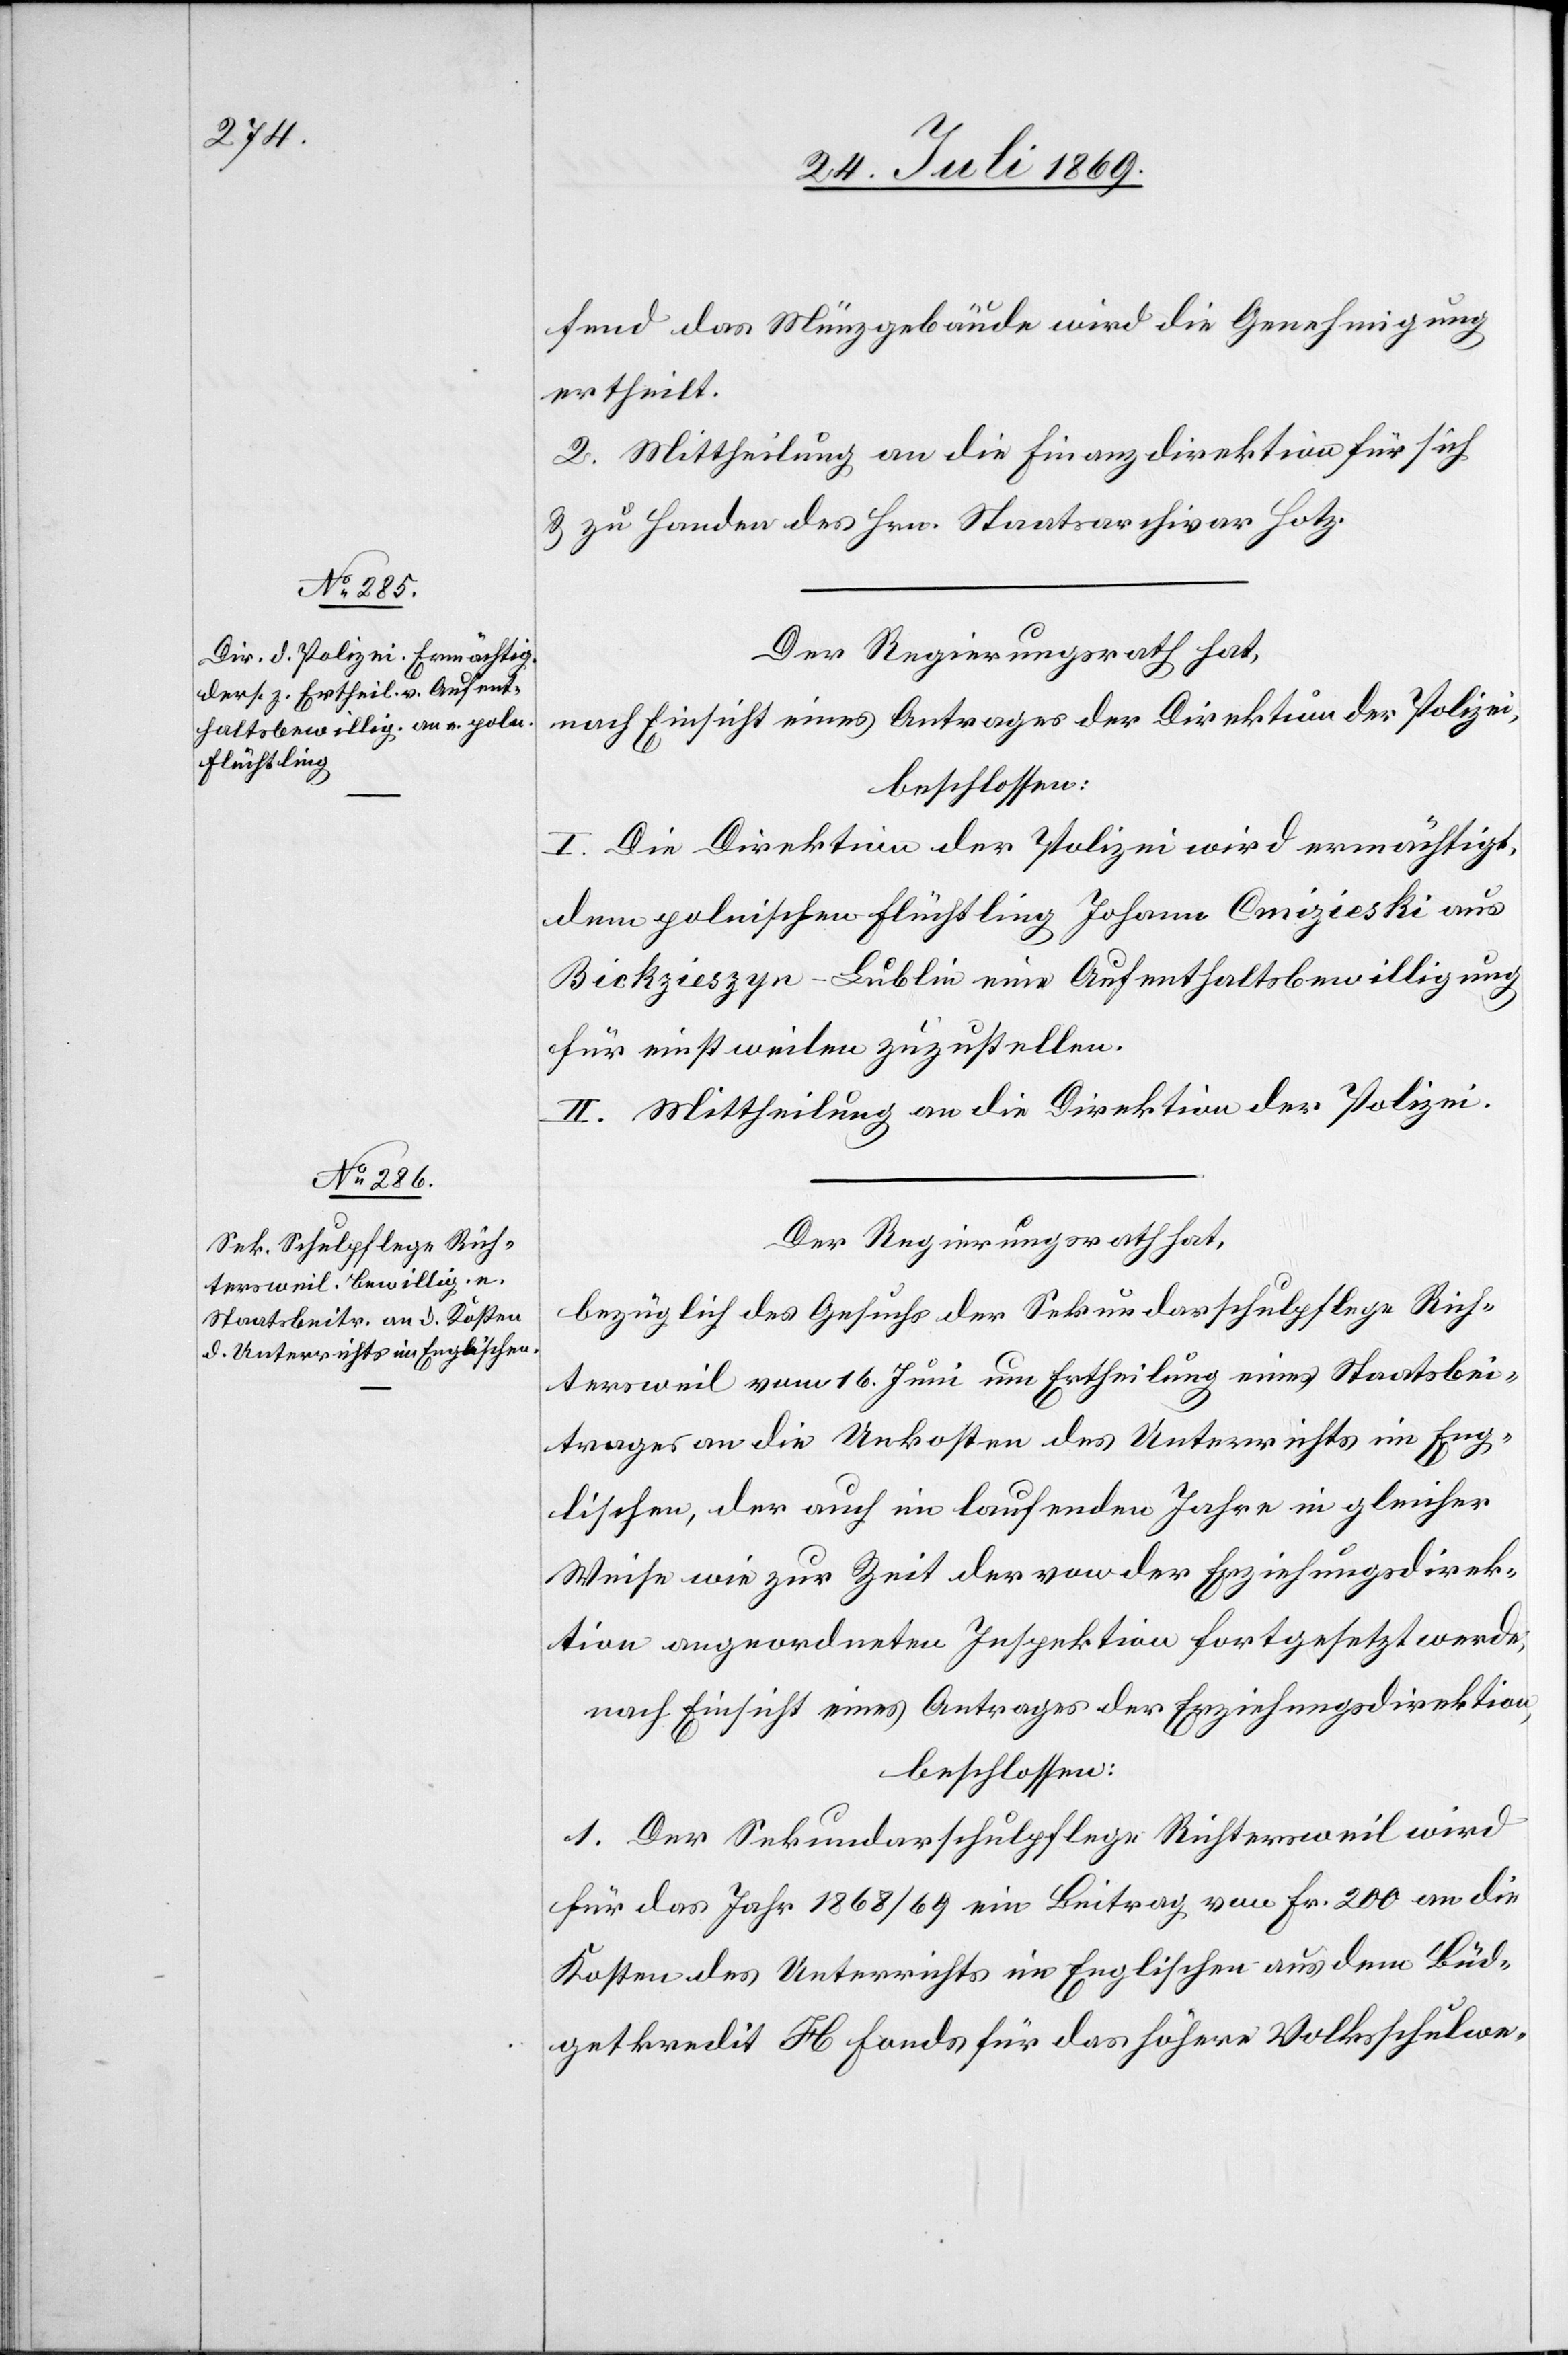
fend das Münzgebäude wird die Genehmigung
ertheilt.
2. Mittheilung an die Finanzdirektion für sich
u. zu Handen des Hrn. Staatsarchivar Hotz.
Der Regierungsrath hat,
nach Einsicht eines Antrages der Direktion der Polizei,
beschlossen:
I. Die Direktion der Polizei wird ermächtigt,
dem politischen Flüchtling Johann Cmizieski aus
Bickzieszyn-Lublin eine Aufenthaltsbewilligung
für einstweilen zuzustellen.
II. Mittheilung an die Direktion der Polizei.
Der Regierungsrath hat,
bezüglich des Gesuches der Sekundarschulpflege Rich¬
tersweil vom 16 Juni um Ertheilung eines Staatsbei¬
trages an die Unkosten des Unterrichts im Eng¬
lischen, der auch im laufenden Jahre in gleicher
Weise wie zur Zeit der von der Erziehungsdirek¬
tion angeordneten Inspektion fortgesetzt werde;
nach Einsicht eines Antrages der Erziehungsdirektion,
beschlossen:
1. Der Sekundarschulpflege Richtersweil wird
für das Jahr 1868/69 ein Beitrag von Fr. 200 an die
Kosten des Unterrichts im Englischen aus dem Büd¬
getkredit H Fonds für das höhere Volksschulwe-